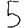
Digit: 5